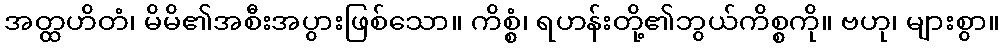
အတ္ထဟိတံ၊ မိမိ၏အစီးအပွားဖြစ်သော။ ကိစ္စံ၊ ရဟန်းတို့၏ဘွယ်ကိစ္စကို။ ဗဟု၊ များစွာ။